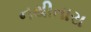
નથીતારા